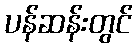
ပန်ဆန်းတွင်